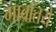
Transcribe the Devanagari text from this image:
गावातये